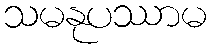
သမနုပဿာမ